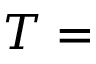
T =